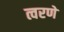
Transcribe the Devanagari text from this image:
त्वरणे